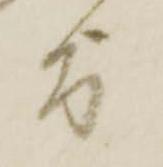
旨